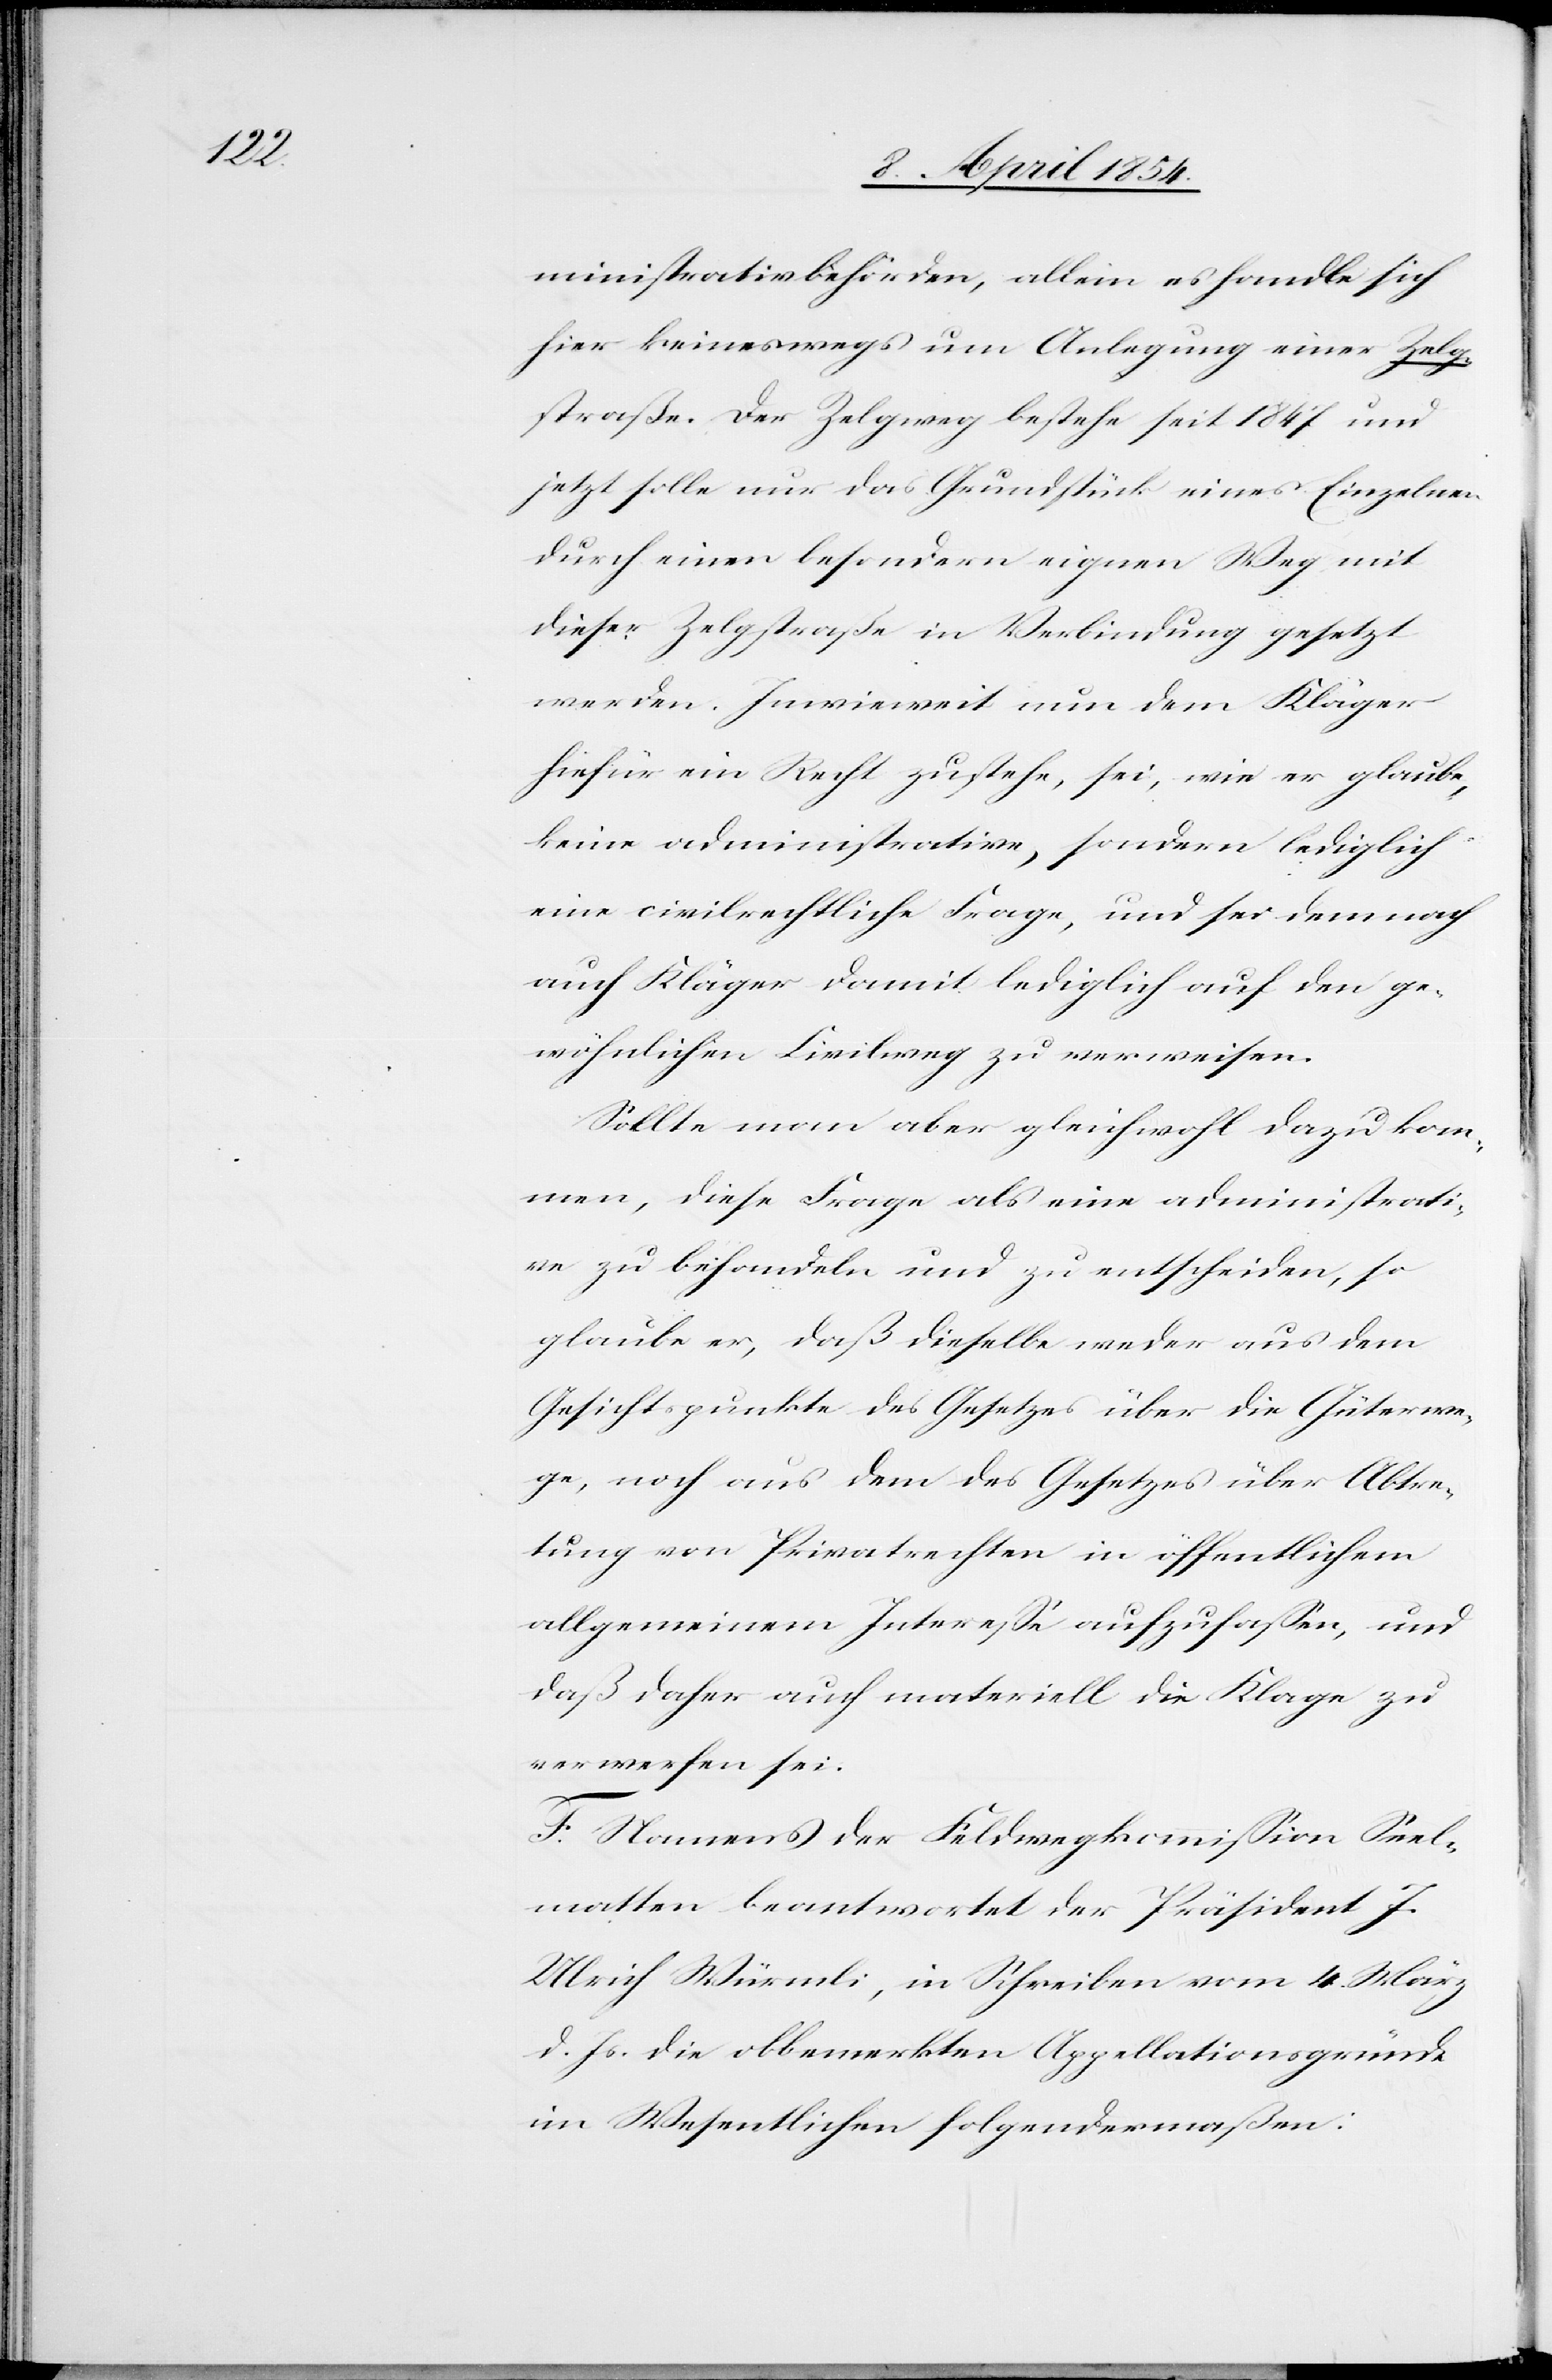
ministrativbehörden, allein es handle sich
hier keineswegs um Anlegung einer Zelg¬
straße. Der Zelgweg bestehe seit 1847 und
jetzt solle nur das Grundstück eines Einzelnen
durch einen besondern eigenen Weg mit
dieser Zelgstraße in Verbindung gesetzt
werden. Inwieweit nun dem Kläger
hiefür ein Recht zustehe, sei, wie er glaube,
keine administrative, sondern lediglich
eine civilrechtliche Frage, und sei demnach
auch Kläger damit lediglich auf den ge¬
wöhnlichen Civilweg zu verweisen.
Sollte man aber gleichwohl dazu kom¬
men, diese Frage als eine administrati¬
ve zu behandeln und zu entscheiden, so
glaube er, daß dieselbe weder aus dem
Gesichtspunkte des Gesetzes über die Güterwe¬
ge, noch aus dem des Gesetzes über Abtre¬
tung von Privatrechten in öffentlichem
allgemeinem Intereße aufzufaßen, und
daß daher auch materiell die Klage zu
verwerfen sei.
F. Namens der Feldwegskommißion Seel¬
matten beantwortet der Präsident J.
Ulrich Würmli, in [sic!] Schreiben vom 4. März
d. Js. die obbemerkten Appellationsgründe
im Wesentlichen folgendermaßen: